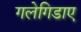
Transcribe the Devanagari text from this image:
गलेगिडाए